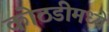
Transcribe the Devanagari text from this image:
कोठडीमध्ये